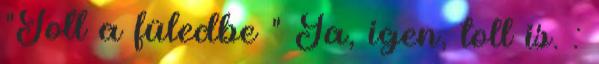
"Toll a füledbe " Ja, igen, toll is. :